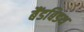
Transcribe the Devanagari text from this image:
बैंडबिडथ